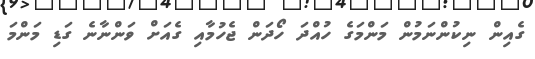
ގެއިން ނިކުންނަމުން މަންމަގެ ހުއްދަ ހޯދަން ޖެހުމާއި ގެއަށް ވަންނާނެ ގަޑި މަންމަ